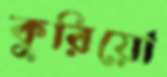
কুরিয়ো